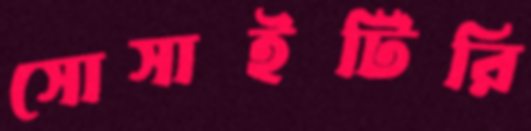
সোসাইটিরি